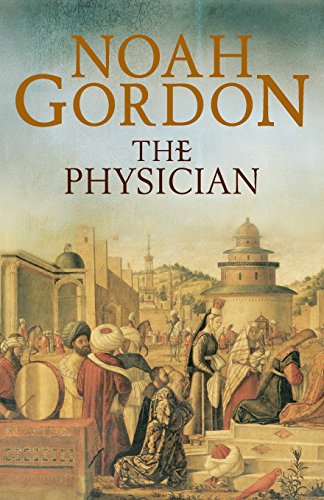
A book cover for The Physician (The Cole Trilogy); Noah Gordon; Literature & Fiction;